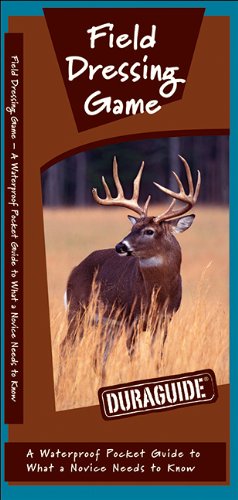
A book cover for Field Dressing Game: A Waterproof Folding Guide to What a Novice Needs to Know (Duraguide Series); James Kavanagh; Sports & Outdoors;